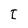
Character: I